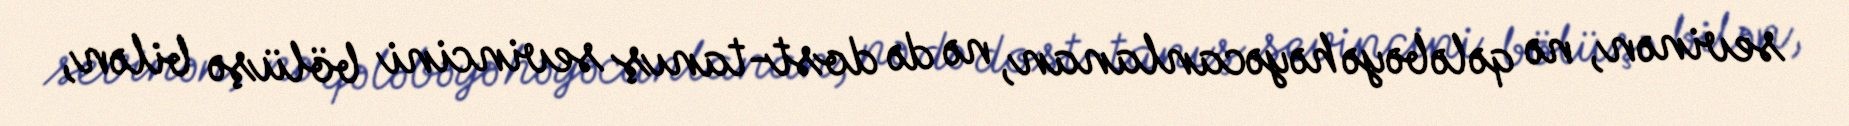
sevinən, nə qələbəyə həyəcanlanan, nə də dost-tanış sevincini bölüşə bilən,